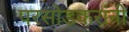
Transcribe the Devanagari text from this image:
परसोडकरांनी